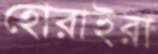
হোরাইরা